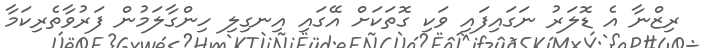
ރިޒްނާ އެ ޑޮލަރު ނަގައިފައި ވަކި ގޮތަކަށް އޭގައި އިނގިލި ހިންގާލަމުން ފަރުވާތެރިކަމާ